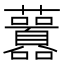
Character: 䖀